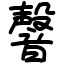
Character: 韾